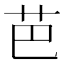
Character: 芭